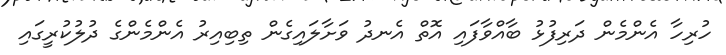
ހުރިހާ އެންމެން ދަރިފުޅު ބާއްވާފައި އޮތް އެނދު ވަށާލައިގެން ތިބިއިރު އެންމެންގެ ދުލުކުރީގައި